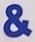
&